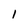
Character: 1